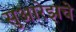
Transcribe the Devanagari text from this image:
सुआरेझचे